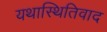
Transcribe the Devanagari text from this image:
यथास्थितिवाद